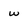
Character: w